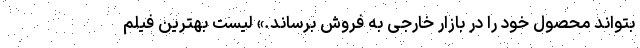
بتواند محصول خود را در بازار خارجی به فروش برساند.» لیست بهترین فیلم